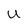
Character: U